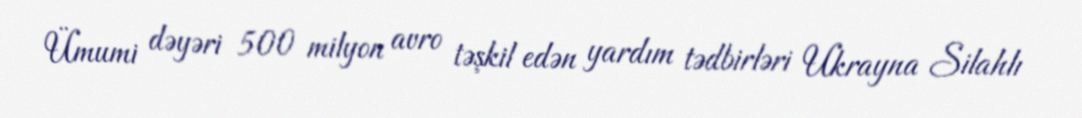
Ümumi dəyəri 500 milyon avro təşkil edən yardım tədbirləri Ukrayna Silahlı